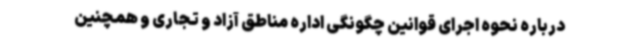
درباره نحوه اجرای قوانین چگونگی اداره مناطق آزاد و تجاری و همچنین